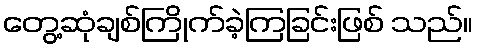
တွေ့ဆုံချစ်ကြိုက်ခဲ့ကြခြင်းဖြစ် သည်။